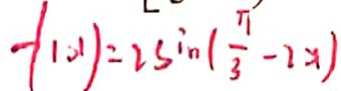
- ( 1 0 1 ) = 2 \sin ( \frac { \pi } { 3 } - 2 > 1 )